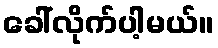
ခေါ်လိုက်ပါ့မယ်။